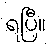
ရပြီ။